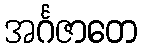
အင်္ဂဇာတေ